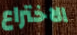
الاختراع